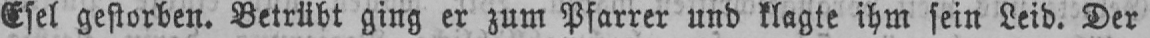
Esel gestorben. Betrübt ging er zum Pfarrer und klagte ihm sein Leid. Der